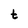
Character: t